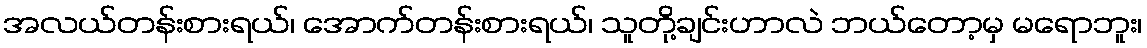
အလယ်တန်းစားရယ်၊ အောက်တန်းစားရယ်၊ သူတို့ချင်းဟာလဲ ဘယ်တော့မှ မရောဘူး၊